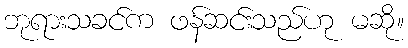
ဘုရားသခင်က ဖန်ဆင်းသည်ဟု မဆို။